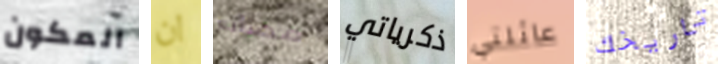
المكون ان مصانع ذكرياتي عائلتي تاريخك